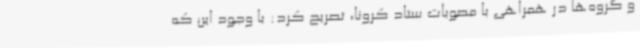
و گروه‌ها در همراهی با مصوبات ستاد کرونا، تصریح کرد: با وجود این که